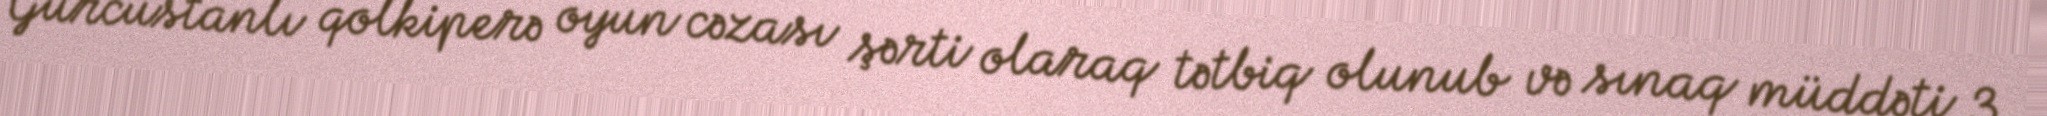
Gürcüstanlı qolkiperə oyun cəzası şərti olaraq tətbiq olunub və sınaq müddəti 3